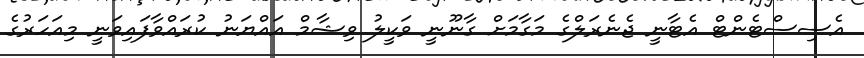
އެސިސްޓެންޓް އެޓާނީ ޖެނެރަލްގެ މަގާމަށް ގާނޫނީ ވަކީލު ވިޝާމް އައްޔަނު ކުރައްވާފައިވަނީ މިއަހަރުގެ